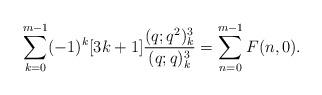
LaTeX: \begin{align*}\sum_{k=0}^{m-1}(-1)^k [3k+1]\frac{(q;q^2)_k^3}{(q;q)_k^3}=\sum_{n=0}^{m-1}F(n,0). \end{align*}